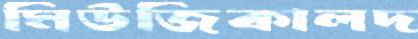
মিউজিকালদ